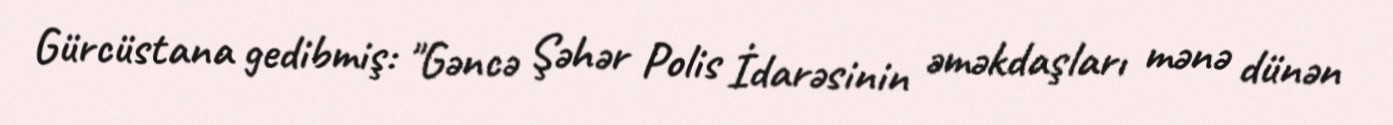
Gürcüstana gedibmiş: "Gəncə Şəhər Polis İdarəsinin əməkdaşları mənə dünən